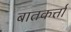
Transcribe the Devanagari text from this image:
बातकर्त्ता